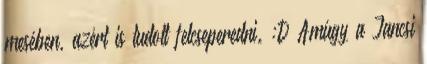
mesében, azért is tudott felcseperedni. :D Amúgy a Jancsi